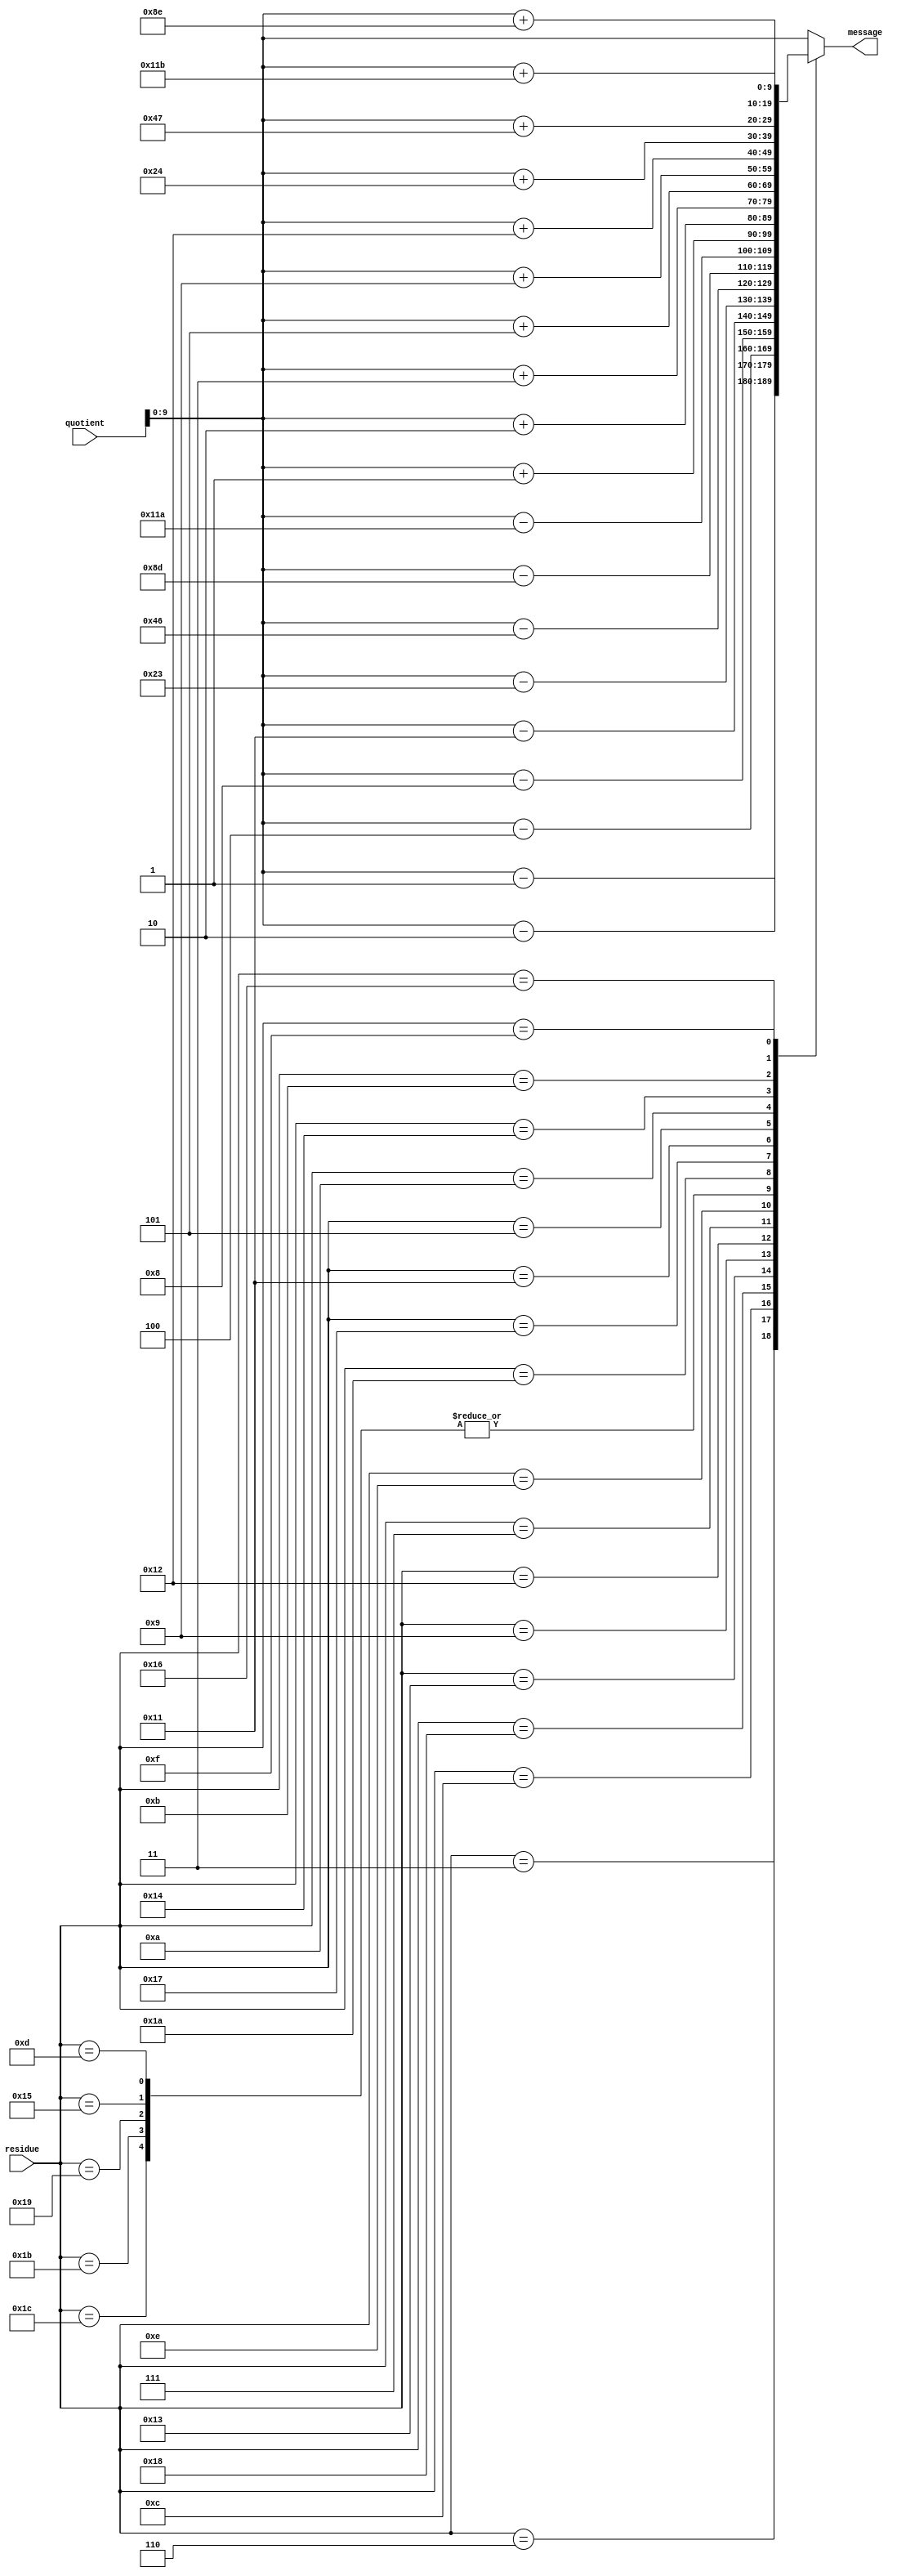
`timescale 1ns / 1ps
module an_decoder_n29 (input [13:0] quotient,input [4:0]residue, output reg [9:0] message);
    //parameter A=29;
    always@(*)begin
        case(residue)
	5'd1: message= quotient;
	5'd2: message= quotient;
	5'd4: message= quotient;
	5'd8: message= quotient;
	5'd16: message= quotient;
	5'd3:  message= quotient-'d1;
	5'd6:  message= quotient-'d2;
	5'd12:  message= quotient-'d4;
	5'd24:  message= quotient-'d8;
	5'd19:  message= quotient-'d17;
	5'd9:  message= quotient-'d35;
	5'd18:  message= quotient-'d70;
	5'd7:  message= quotient-'d141;
	5'd14:  message= quotient-'d282;
	5'd28:  message= quotient+'d1;
	5'd27:  message= quotient+'d1;
	5'd25:  message= quotient+'d1;
	5'd21:  message= quotient+'d1;
	5'd13:  message= quotient+'d1;
	5'd26:  message= quotient+'d2;
	5'd23:  message= quotient+'d3;
	5'd17:  message= quotient+'d5;
	5'd5:  message= quotient+'d9;
	5'd10:  message= quotient+'d18;
	5'd20:  message= quotient+'d36;
	5'd11:  message= quotient+'d71;
	5'd22:  message= quotient+'d142;
	5'd15:  message= quotient+'d283;


            default:message =quotient ;
     endcase
   end
endmodule